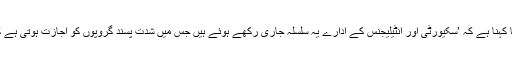
پاکستان کے بارے میں رپورٹ کا کہنا ہے کہ ’سکیورٹی اور انٹیلیجنس کے ادارے یہ سلسلہ جاری رکھے ہوئے ہیں جس میں شدت پسند گروپوں کو اجازت ہوتی ہے کہ وہ مذہبی اقلیتوں پر حملہ کریں۔